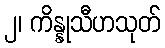
၂၊ ကိန္နုသီဟသုတ်